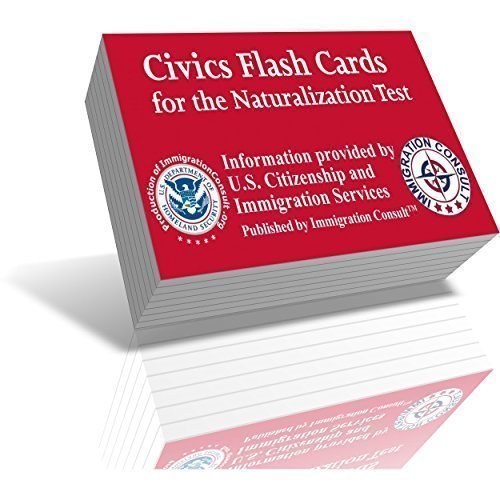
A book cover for US Citizenship test 2015 Civics Flash Cards for the New 2015 US Naturalization Test by Citizenship And US Immigration services with Official USCIS test study Citizenship Questions and Answers UPDATED; Immigration Consult; Test Preparation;